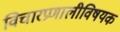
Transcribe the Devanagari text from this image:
विचारप्रणालीविषयक